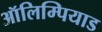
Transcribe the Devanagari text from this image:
ऑलिम्पियाड